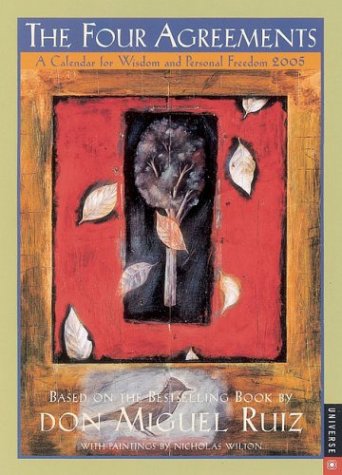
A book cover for Four Agreements: 2005 Engagement Calendar; Universe Publishing; Calendars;